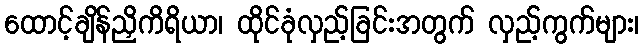
ထောင့်ချိန်ညှိကိရိယာ၊ ထိုင်ခုံလှည့်ခြင်းအတွက် လှည့်ကွက်များ၊